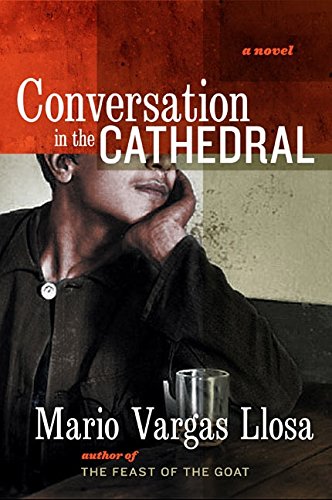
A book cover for Conversation in the Cathedral; Mario Vargas Llosa; Science Fiction & Fantasy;